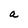
Character: a